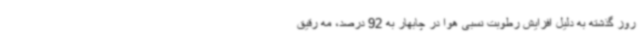
روز گذشته به دلیل افزایش رطوبت نسبی هوا در چابهار به 92 درصد، مه رقیق